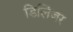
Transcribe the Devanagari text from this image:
डिलिंजर